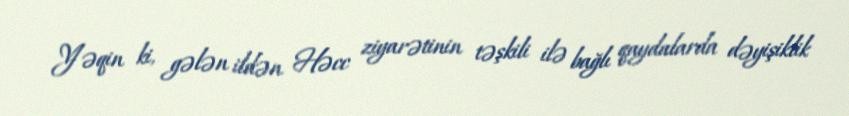
Yəqin ki, gələn ildən Həcc ziyarətinin təşkili ilə bağlı qaydalarda dəyişiklik